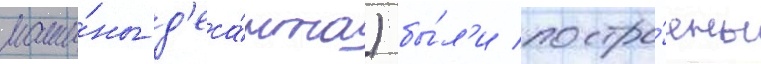
маши́ны д'еса́нта) бы́л'и постро́ены